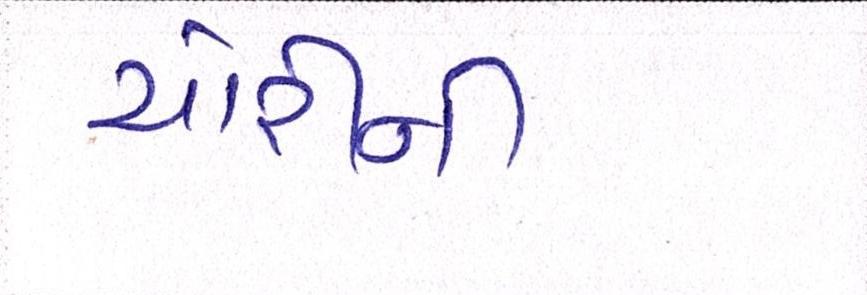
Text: ચોરીની